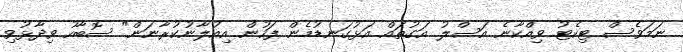
ނަމަވެސް ޓިކެޓު ވިއްކާނެ އަސްލު އަގުތައް އަޅުގަނޑުމެން ފަހުން އިއުލާނުކުރާނަން" ސޮބާހު ވިދާޅުވި